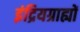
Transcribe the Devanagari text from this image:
इंद्रियग्राह्यों